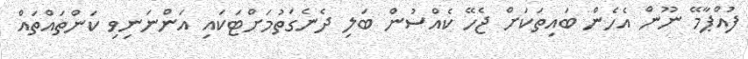
ފުއްޕާމޭ ނޫން އެހެން ބައިތަކަށް ޖެހޭ ކެއްސުން ބަލި ދެނެގަތުމަށްޓަކައި އަންނަނިވި ކަންތައްތައް